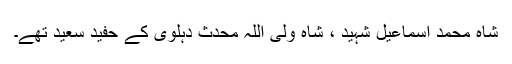
شاہ محمد اسماعیل شہید ، شاہ ولی اللہ محدث دہلوی کے حفید سعید تھے۔